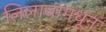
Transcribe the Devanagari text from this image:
लिलावामधून